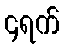
၄ရက်